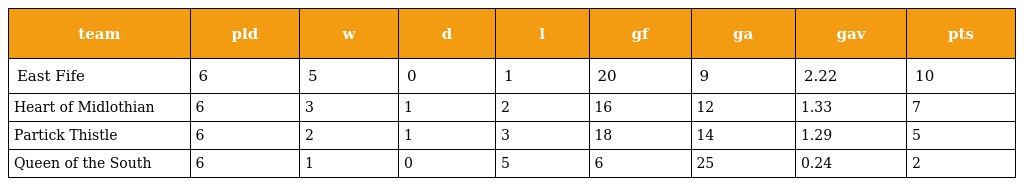
| team | pld | w | d | l | gf | ga | gav | pts |
 | --- | --- | --- | --- | --- | --- | --- | --- | --- |
 | East Fife | 6 | 5 | 0 | 1 | 20 | 9 | 2.22 | 10 |
 | Heart of Midlothian | 6 | 3 | 1 | 2 | 16 | 12 | 1.33 | 7 |
 | Partick Thistle | 6 | 2 | 1 | 3 | 18 | 14 | 1.29 | 5 |
 | Queen of the South | 6 | 1 | 0 | 5 | 6 | 25 | 0.24 | 2 |